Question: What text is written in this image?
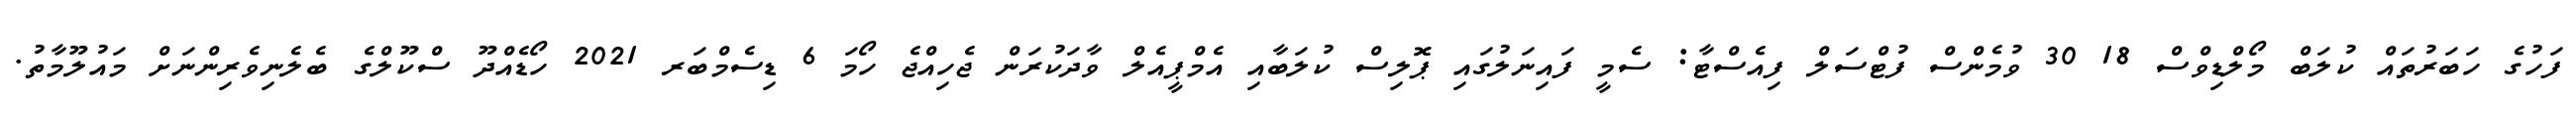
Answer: ފަހުގެ ހަބަރުތައް ކުލަބް މޯލްޑިވްސް 18 30 ވުމެންސް ފުޓްސަލް ފިއެސްޓާ: ސެމީ ފައިނަލުގައި ޕޮލިސް ކުލަބާއި އެމްޕީއެލް ވާދަކުރަން ޖެހިއްޖެ ހޯމަ 6 ޑިސެމްބަރ 2021 ހޯޑެއްދޫ ސްކޫލްގެ ބެލެނިވެރިންނަށް މައުލޫމާތު.